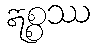
ဣစ္စဿ